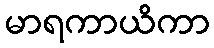
မာရကာယိကာ